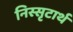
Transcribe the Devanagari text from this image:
निस्सृटार्थ